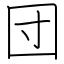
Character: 団